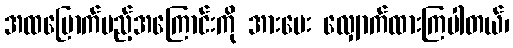
အထမြောက်မည့်အကြောင်းကို အားပေး လျှောက်ထားကြပါတယ်၊